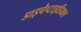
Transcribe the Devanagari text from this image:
डाइपेप्टाइडियल